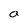
Character: a